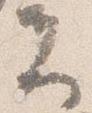
夫